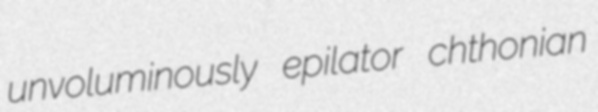
unvoluminously epilator chthonian